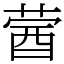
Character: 蒏